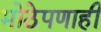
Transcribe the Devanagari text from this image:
मोठेपणाही